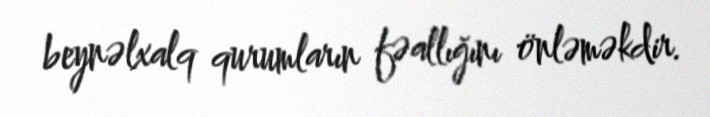
beynəlxalq qurumların fəallığını önləməkdir.